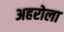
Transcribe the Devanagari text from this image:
अहरोला